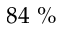
8 4 ~ \%